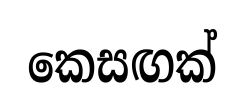
කෙසඟක්